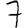
Digit: 7